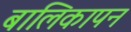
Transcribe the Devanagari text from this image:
बालिकापन